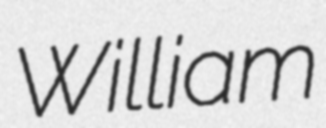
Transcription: William